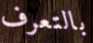
بالتعرف